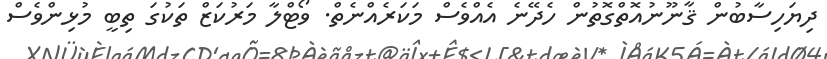
ދިޔަހިސާބުން ޤާނޫނުއޮތްގޮތުން ހެދޭނެ އެއްވެސް މަކަރެއްނެތް. ވޯޓްލާ މަރުކަޒް ތަކުގަ ތިބީ މުޅިންވެސް